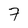
Character: 7